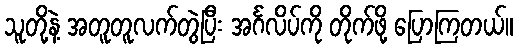
သူတို့နဲ့ အတူတူလက်တွဲပြီး အင်္ဂလိပ်ကို တိုက်ဖို့ ပြောကြတယ်။